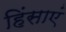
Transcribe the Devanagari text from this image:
हिंसाएं